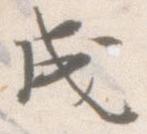
成